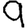
Digit: 9